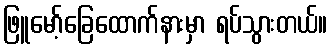
ဖြူမော့်ခြေထောက်နားမှာ ရပ်သွားတယ်။